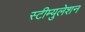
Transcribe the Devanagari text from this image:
स्टीम्युलेशन